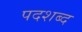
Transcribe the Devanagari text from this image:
पदशब्द